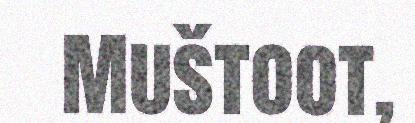
Muštoot,